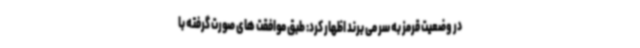
در وضعیت قرمز به سر می برند اظهار کرد: طبق موافقت های صورت گرفته با